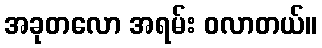
အခုတလော အရမ်း ဝလာတယ်။